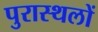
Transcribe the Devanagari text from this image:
पुरास्थलों